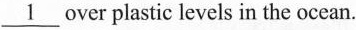
\underline{1}over plastic levcls in the ocean.